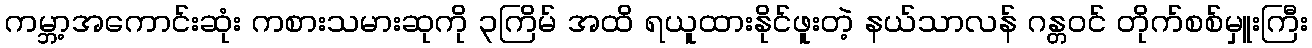
ကမ္ဘာ့အကောင်းဆုံး ကစားသမားဆုကို ၃ကြိမ် အထိ ရယူထားနိုင်ဖူးတဲ့ နယ်သာလန် ဂန္တဝင် တိုက်စစ်မှူးကြီး